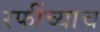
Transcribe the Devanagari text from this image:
रफींच्याच